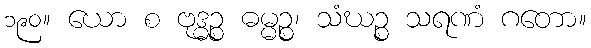
၁၉၀။ ယော စ ဗုဒ္ဓဉ္စ ဓမ္မဉ္စ၊ သံဃဉ္စ သရဏံ ဂတော။